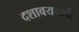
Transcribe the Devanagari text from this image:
दशावयवादी